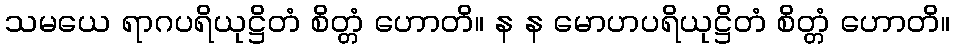
သမယေ ရာဂပရိယုဋ္ဌိတံ စိတ္တံ ဟောတိ။ န န မောဟပရိယုဋ္ဌိတံ စိတ္တံ ဟောတိ။